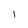
Character: 1